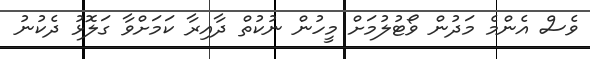
ވެސް އެންމެ މަދުން ވޯޓުލުމަށް މީހުން ނުކުތް ދާއިރާ ކަމަށްވާ ގަލޮޅު ދެކުނު